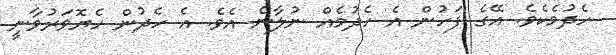
ހެދުމެކެވެ. އޭގެ ފަހުން އެ ހެދުމެއް ނުލާނެ އެވެ. އެ ހެދުން ހެޔޮވަރުވާނީ